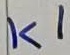
Text: K1